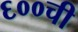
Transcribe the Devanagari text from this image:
६००ची